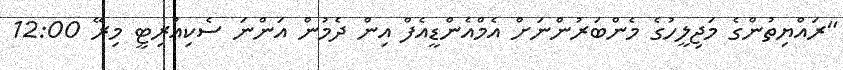
"ރައްޔިތުންގެ މަޖިލީހުގެ މެންބަރުންނަށް އެމްއެންޑީއެފް އިން ދެމުން އަންނަ ސެކިއުރިޓީ މިރޭ 12:00